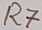
Text: R7